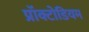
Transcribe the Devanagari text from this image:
प्रॉक्टोडियम